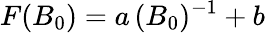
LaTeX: F(B_{0})=a\, (B_{0})^{-1}+b